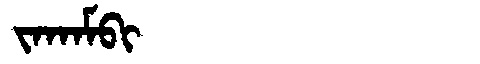
Manchu: ᠵᠠᡴᠠᠮᠪᡳ
Romanization: JAKAMBI